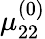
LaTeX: \mu_{22}^{(0)}